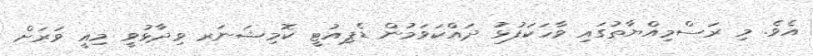
އެވެ. މި ރަސްމިއްޔާތުގައި ވާހަކަފުޅު ދައްކަވަމުން ޑެޕިއުޓީ ކޮމިޝަނަރ ވިދާޅުވީ މިއީ ވަރަށް